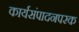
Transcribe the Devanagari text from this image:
कार्यसंपादनपरक